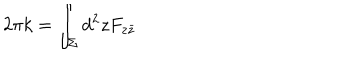
2 \pi k = \int _ { \Sigma } d ^ { 2 } z F _ { z \bar { z } }